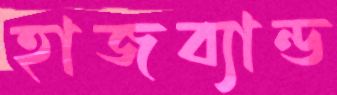
হাজব্যান্ড